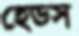
হেডস